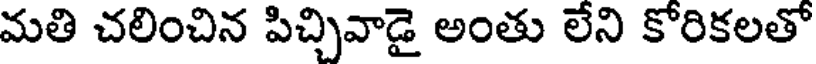
మతి చలించిన పిచ్చివాడై అంతు లేని కోరికలతో